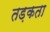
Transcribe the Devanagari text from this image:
तड़कता